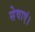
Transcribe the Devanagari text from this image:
सेवाएं।